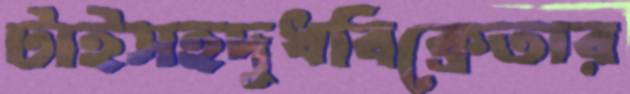
টাইসহদুধবিক্রেতার